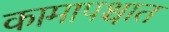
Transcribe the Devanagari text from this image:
कामापश्चात